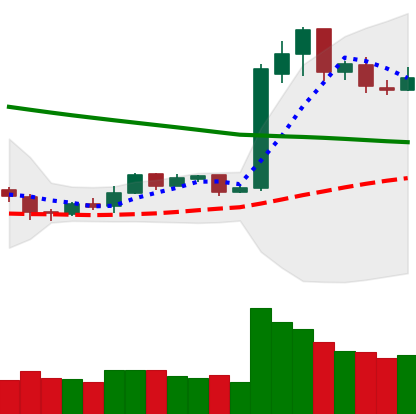
Ticker: LTC-USD
Chart end date: 2019-02-15
Forward return: 21.279%
Label: up_7plus